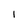
Character: 1